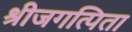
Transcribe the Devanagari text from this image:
श्रीजगत्पिता